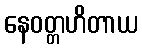
နေဝတ္တဟိတာယ